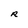
Character: R